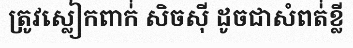
ត្រូវស្លៀកពាក់់ សិចស៊ី ដូចជាសំពត់់ខ្លី